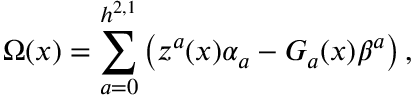
\Omega ( x ) = \sum _ { a = 0 } ^ { h ^ { 2 , 1 } } \left( z ^ { a } ( x ) \alpha _ { a } - { \cal G } _ { a } ( x ) \beta ^ { a } \right) ,